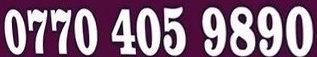
0770 405 9890